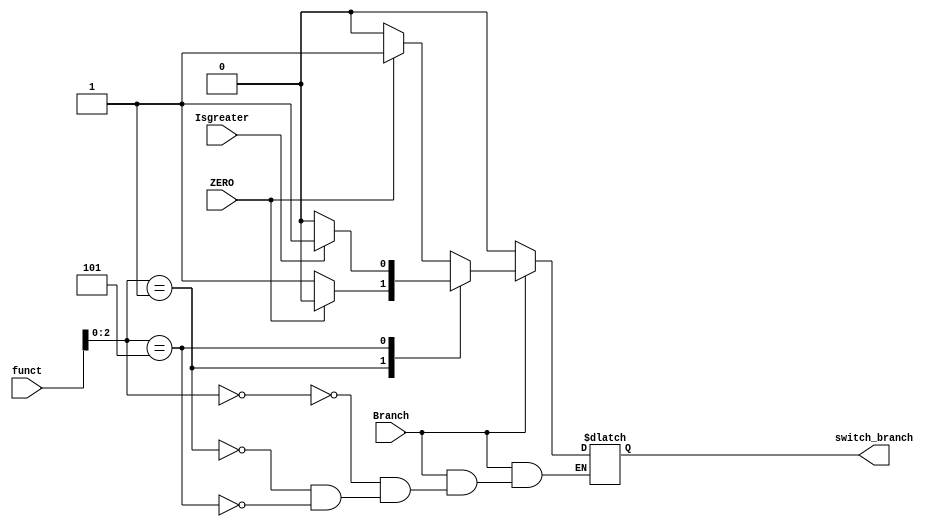
//`timescale 1ns / 1ps
module Branch(
    input Branch,
    input ZERO,
    input Isgreater,
    input [3:0] funct,
    output reg switch_branch
    );
    
    always @(*) begin
        if(Branch) begin
            case({funct[2:0]})
                3'b000: switch_branch = ZERO ? 1:0;
                3'b001: switch_branch = ZERO ? 0:1;
                3'b101: switch_branch =Isgreater ? 1:0;
            endcase
          end
        else
           switch_branch=0;
     end
endmodule